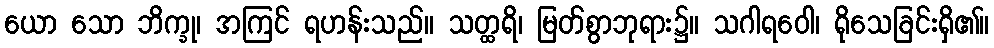
ယော သော ဘိက္ခု၊ အကြင် ရဟန်းသည်။ သတ္ထရိ၊ မြတ်စွာဘုရား၌။ သဂါရဝေါ၊ ရိုသေခြင်းရှိ၏။